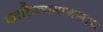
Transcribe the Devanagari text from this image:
काठिन्यमानसाय